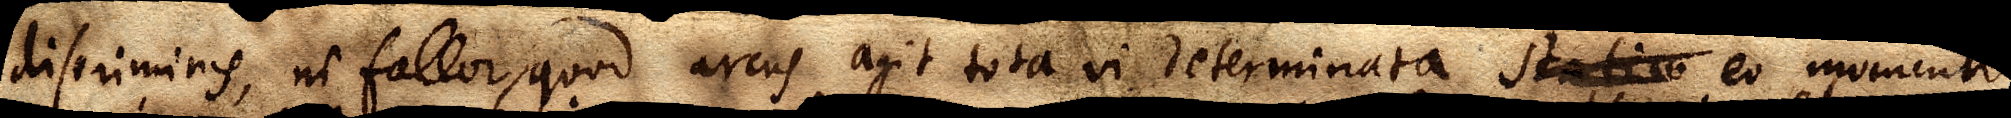
discriminis, ni fallor, quod arcus agit tota vi determinata. Statim eo momento